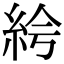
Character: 𥿐